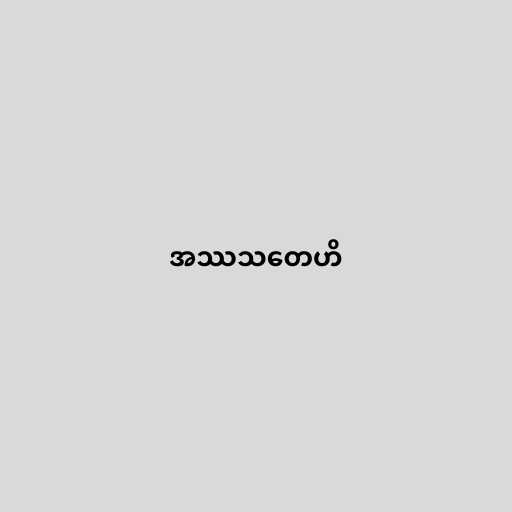
အဿသတေဟိ